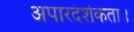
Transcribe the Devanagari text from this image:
अपारदर्शकता।